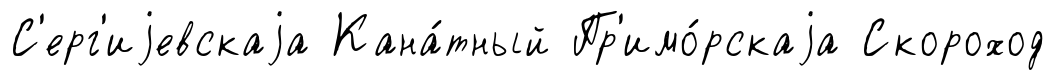
С'ерг'иjевскаjа Кана́тный Пр'имо́рскаjа Скороход